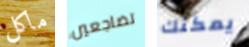
ماكل تضاجعين يمكنك